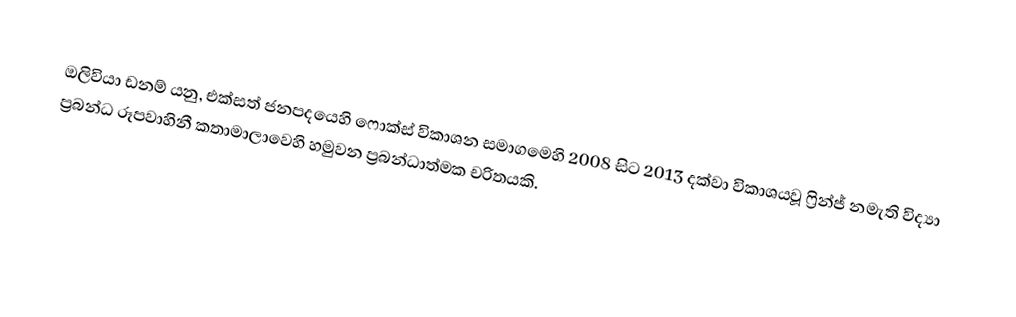
ඔලිවියා ඩනම් යනු,  එක්සත් ජනපදයෙහි  ෆොක්ස් විකාශන සමාගමෙහි 2008 සිට  2013 දක්වා විකාශයවූ  ෆ්‍රින්ජ් නමැති විද්‍යා ප්‍රබන්ධ රූපවාහිනී කතාමාලාවෙහි හමුවන ප්‍රබන්ධාත්මක චරිතයකි.